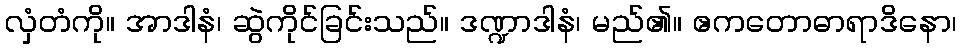
လှံတံကို။ အာဒါနံ၊ ဆွဲကိုင်ခြင်းသည်။ ဒဏ္ဍာဒါနံ၊ မည်၏။ ဧကတောဓာရာဒိနော၊